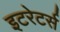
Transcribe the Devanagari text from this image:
इटरेटर्स